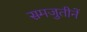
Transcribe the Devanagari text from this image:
समजुतीनें